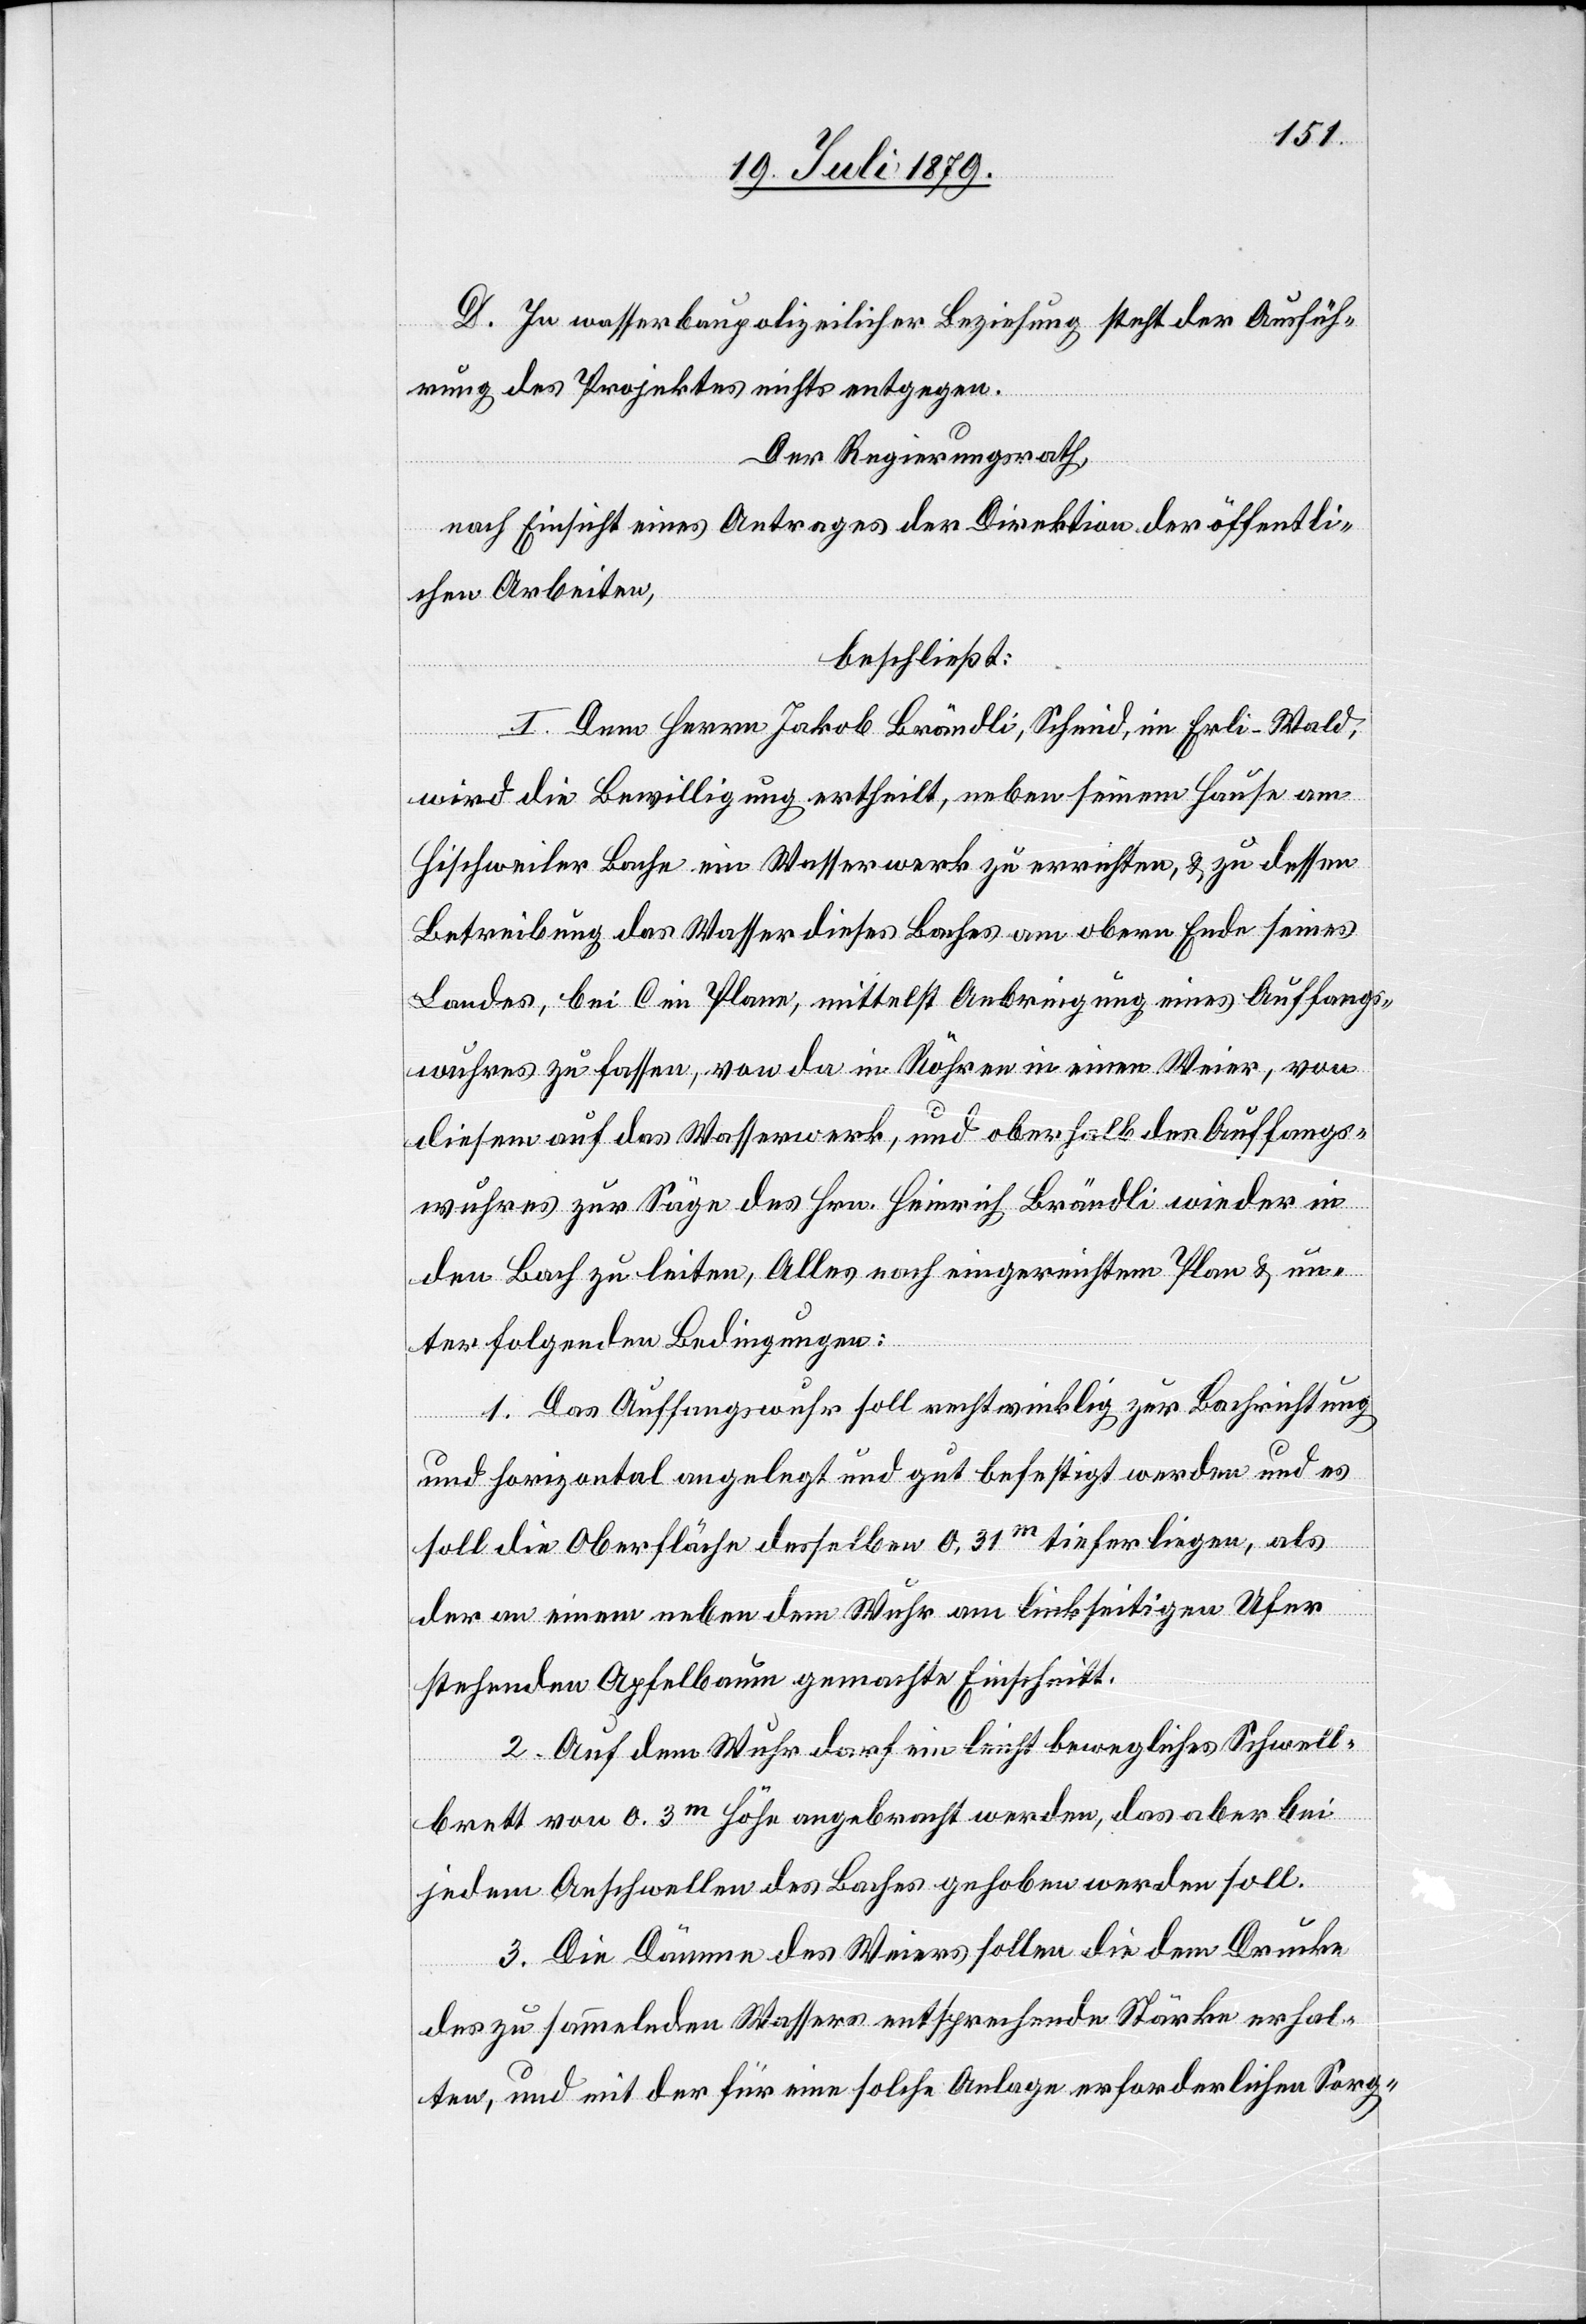
D. In wasserbaupolizeilicher Beziehung steht der Ausfüh¬
rung des Projektes nichts entgegen.
Der Regierungsrath,
nach Einsicht eines Antrages der Direktion der öffentli¬
chen Arbeiten,
beschließt:
I. Dem Herrn Jakob Brändli, Schmid, im Erli - Wald,
wird die Bewilligung ertheilt, neben seinem Hause am
Hischweiler Bache ein Wasserwerk zu errichten, & zu dessen
Betreibung das Wasser dieses Baches am obern Ende seines
Landes, bei C im Plane, mittelst Anbringung eines Auffangs¬
wuhres zu fassen, von da in Röhren in einen Weier, von
diesem auf das Wasserwerk, und oberhalb des Auffangs¬
wuhres zur Säge des Hrn. Heinrich Brändli wieder in
den Bach zu leiten, Alles nach eingereichtem Plan & un¬
ter folgenden Bedingungen:
1. Das Auffangswuhr soll rechtwinklig zur Bachrichtung
und horizontal angelegt und gut befestigt werden und es
soll die Oberfläche desselben 0,31m tieferliegen, als
der an einem neben dem Wuhr am linkseitigen Ufer
stehenden Apfelbaum gemachte Einschnitt.
2. Auf dem Wuhr darf ein leicht bewegliches Schwell¬
brett von 0.3m Höhe angebracht werden, das aber bei
jedem Anschwellen des Baches gehoben werden soll.
3. Die Dämme des Weiers sollen die dem Drucke
des zu sammelnden Wassers entsprechende Stärke erhal¬
ten, und mit der für eine solche Anlage erforderlichen Sorg-